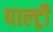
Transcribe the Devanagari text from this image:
पाल्ट्री